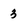
Character: 3